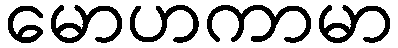
မောဟကာမာ